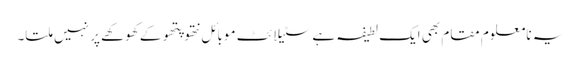
یہ نامعلوم مقام بھی ایک لطیفہ ہے سٹیلائٹ موبائل نتھو پتھو کے کھوکھے پر نہیں ملتا۔